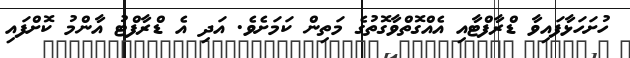
ހުށަހަޅާފައިވާ ޑްރާފްޓާއި އެއްގޮތްވާގޮތުގެ މަތިން ކަމަށެވެ. އަދި އެ ޑްރާފްޓު އާންމު ކޮށްފައި